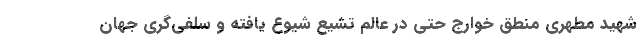
شهید مطهری منطق خوارج حتی در عالم تشیع شیوع یافته و سلفی‌گری جهان